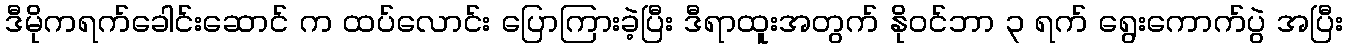
ဒီမိုကရက်ခေါင်းဆောင် က ထပ်လောင်း ပြောကြားခဲ့ပြီး ဒီရာထူးအတွက် နိုဝင်ဘာ ၃ ရက် ရွေးကောက်ပွဲ အပြီး